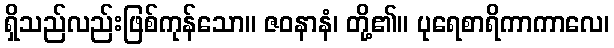
ရှိသည်လည်းဖြစ်ကုန်သော။ ဇဝနာနံ၊ တို့၏။ ပုရေစာရိကာကာလေ၊